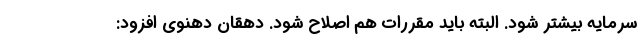
سرمایه بیشتر شود. البته باید مقررات هم اصلاح شود. دهقان دهنوی افزود: